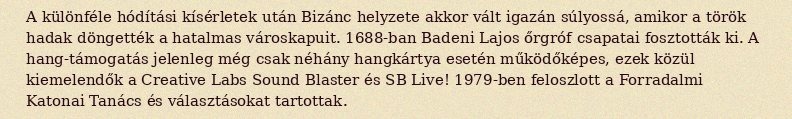
A különféle hódítási kísérletek után Bizánc helyzete akkor vált igazán súlyossá, amikor a török hadak döngették a hatalmas városkapuit. 1688-ban Badeni Lajos őrgróf csapatai fosztották ki. A hang-támogatás jelenleg még csak néhány hangkártya esetén működőképes, ezek közül kiemelendők a Creative Labs Sound Blaster és SB Live! 1979-ben feloszlott a Forradalmi Katonai Tanács és választásokat tartottak.